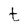
Character: t